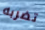
تضربه